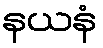
နယနံ